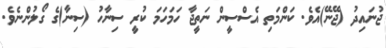
ޖުނައިދު (ޖޭނޭ)އެވެ. ކަންމަތި އެސްސީން ނަތީޖާ ހަމަހަމަ ކުރީ ސިނާހު (ސިނާ)ގެ ގޯލުންނެވެ.